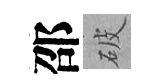
邵破